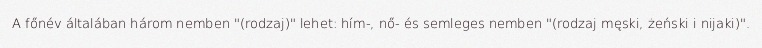
A főnév általában három nemben "(rodzaj)" lehet: hím-, nő- és semleges nemben "(rodzaj męski, żeński i nijaki)".